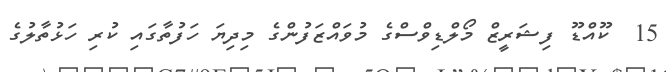
15  ކޫއްޑޫ ފިޝަރީޒް މޯލްޑިވްސްގެ މުވައްޒަފުންގެ މިދިޔަ ހަފުތާގައި ކުރި ހަޅުތާލުގެ